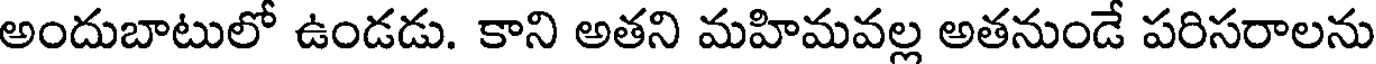
అందుబాటులో ఉండడు. కాని అతని మహిమవల్ల అతనుండే పరిసరాలను